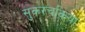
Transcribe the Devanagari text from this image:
सुकरचकिया